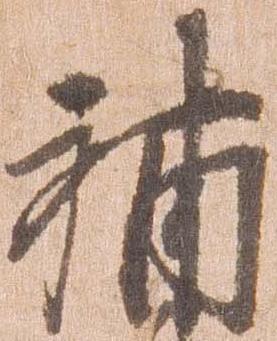
補